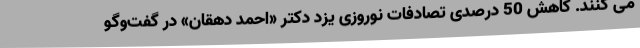
می کنند. کاهش 50 درصدی تصادفات نوروزی یزد دکتر «احمد دهقان» در گفت‌وگو